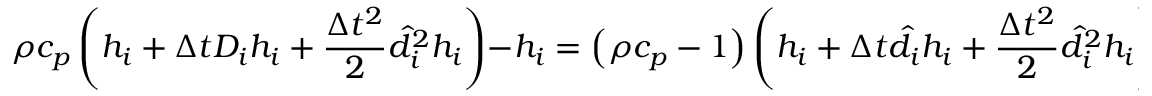
\rho { c _ { p } } \left( { { h _ { i } } + \Delta t { D _ { i } } { h _ { i } } + \frac { { \Delta { t ^ { 2 } } } } { 2 } \hat { d } _ { i } ^ { 2 } { h _ { i } } } \right) - { h _ { i } } = \left( { \rho { c _ { p } } - 1 } \right) \left( { { h _ { i } } + \Delta t { { \hat { d } } _ { i } } { h _ { i } } + \frac { { \Delta { t ^ { 2 } } } } { 2 } \hat { d } _ { i } ^ { 2 } { h _ { i } } } \right) - \frac { 1 } { { { \tau _ { h } } } } \left( { { h _ { i } } - h _ { i } ^ { e q } } \right) + \Delta t { \widehat F _ { i } } ,